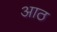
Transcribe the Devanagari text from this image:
अाठ